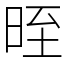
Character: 晊